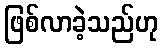
ဖြစ်လာခဲ့သည်ဟု